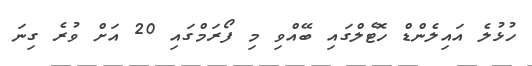
ހުޅުލެ އައިލެންޑް ހޮޓެލްގައި ބޭއްވި މި ފޯރަމްގައި 20 އަށް ވުރެ ގިނަ